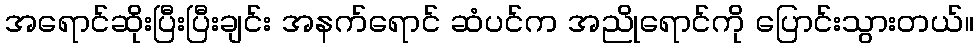
အရောင်ဆိုးပြီးပြီးချင်း အနက်ရောင် ဆံပင်က အညိုရောင်ကို ပြောင်းသွားတယ်။